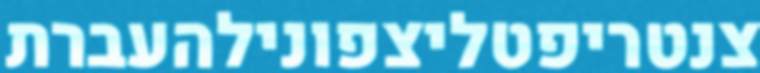
צנטריפטליצפונילהעברת